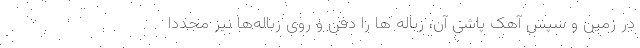
در زمین و سپس آهک پاشی آن، زباله ها را دفن و روی زباله‌ها نیز مجددا